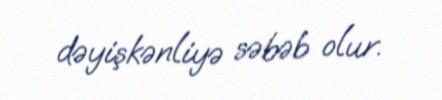
dəyişkənliyə səbəb olur.